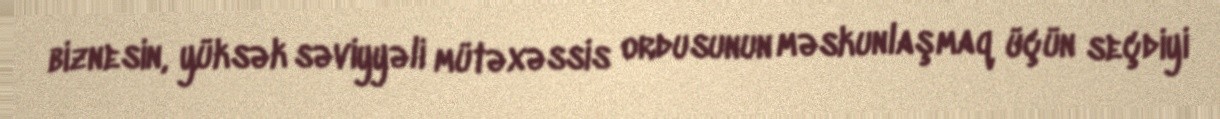
biznesin, yüksək səviyyəli mütəxəssis ordusunun məskunlaşmaq üçün seçdiyi